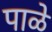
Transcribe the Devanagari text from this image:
पाळे